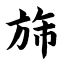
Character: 旆